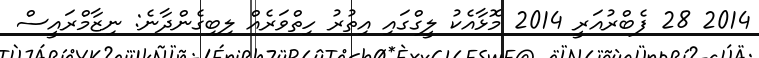
2014 28 ފެބްރުއަރީ 2014 މޮޅާއެކު ލީގްގައި އިތުރު ހިތްވަރެއް ލިބިގެންދާނެ: ނިޒާމްރައީސް